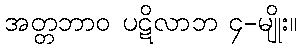
အတ္တဘာဝ ပဋိလာဘ ၄-မျိုး။